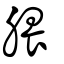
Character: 腲